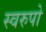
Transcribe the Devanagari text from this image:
स्वरुपो